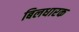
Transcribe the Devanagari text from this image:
बिलधारक